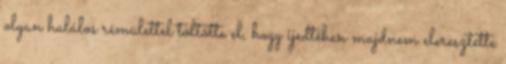
olyan halálos rémülettel töltötte el, hogy ijedtében majdnem eleresztette